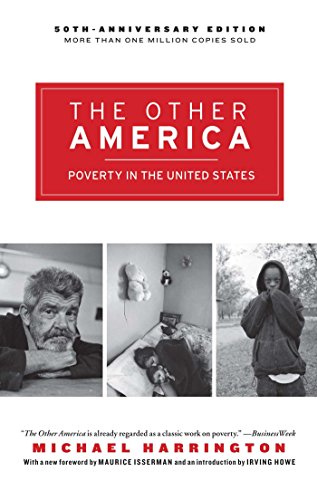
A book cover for The Other America:  Poverty in the United States; Michael Harrington; Politics & Social Sciences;